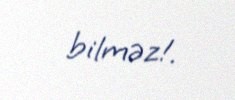
bilməz!.